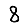
Digit: 8